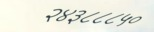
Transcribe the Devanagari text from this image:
२४३८८८५०